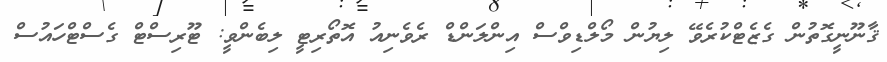
ޤާނޫނީގޮތުން ގެޒެޓްކުރެވޭ ލިޔުން މޯލްޑިވްސް އިންލަންޑް ރެވެނިއު އޮތޯރިޓީ ލިބެންވީ: ޓޫރިސްޓް ގެސްޓްހައުސް